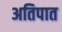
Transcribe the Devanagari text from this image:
अतिपात